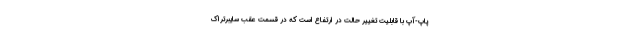
پاپ-آپ با قابلیت تغییر حالت در ارتفاع است که در قسمت عقب سایبرتراک